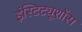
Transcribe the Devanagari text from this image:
इंस्टिट्यूशोंस